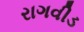
રાગવીડ